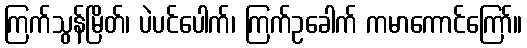
ကြက်သွန်မြိတ်၊ ပဲပင်ပေါက်၊ ကြက်ဥခေါက် ကမာကောင်ကြော်။